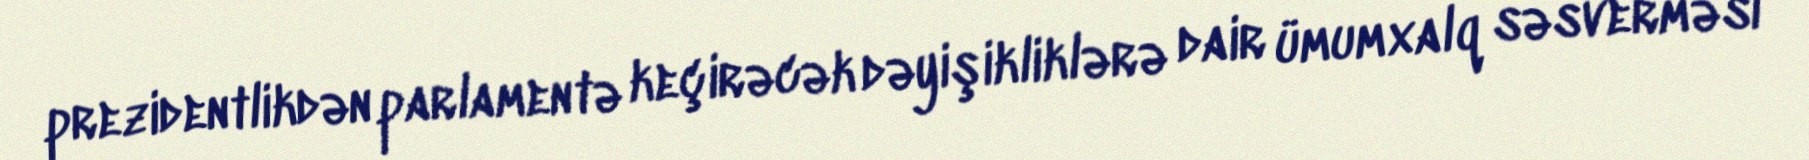
prezidentlikdən parlamentə keçirəcək dəyişikliklərə dair ümumxalq səsverməsi